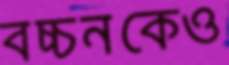
বচ্চনকেও